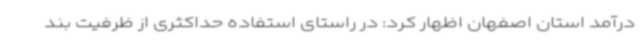
درآمد استان اصفهان اظهار کرد: در راستای استفاده حداکثری از ظرفیت بند